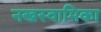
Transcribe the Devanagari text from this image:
नखस्वामिका